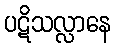
ပဋိသလ္လာနေ